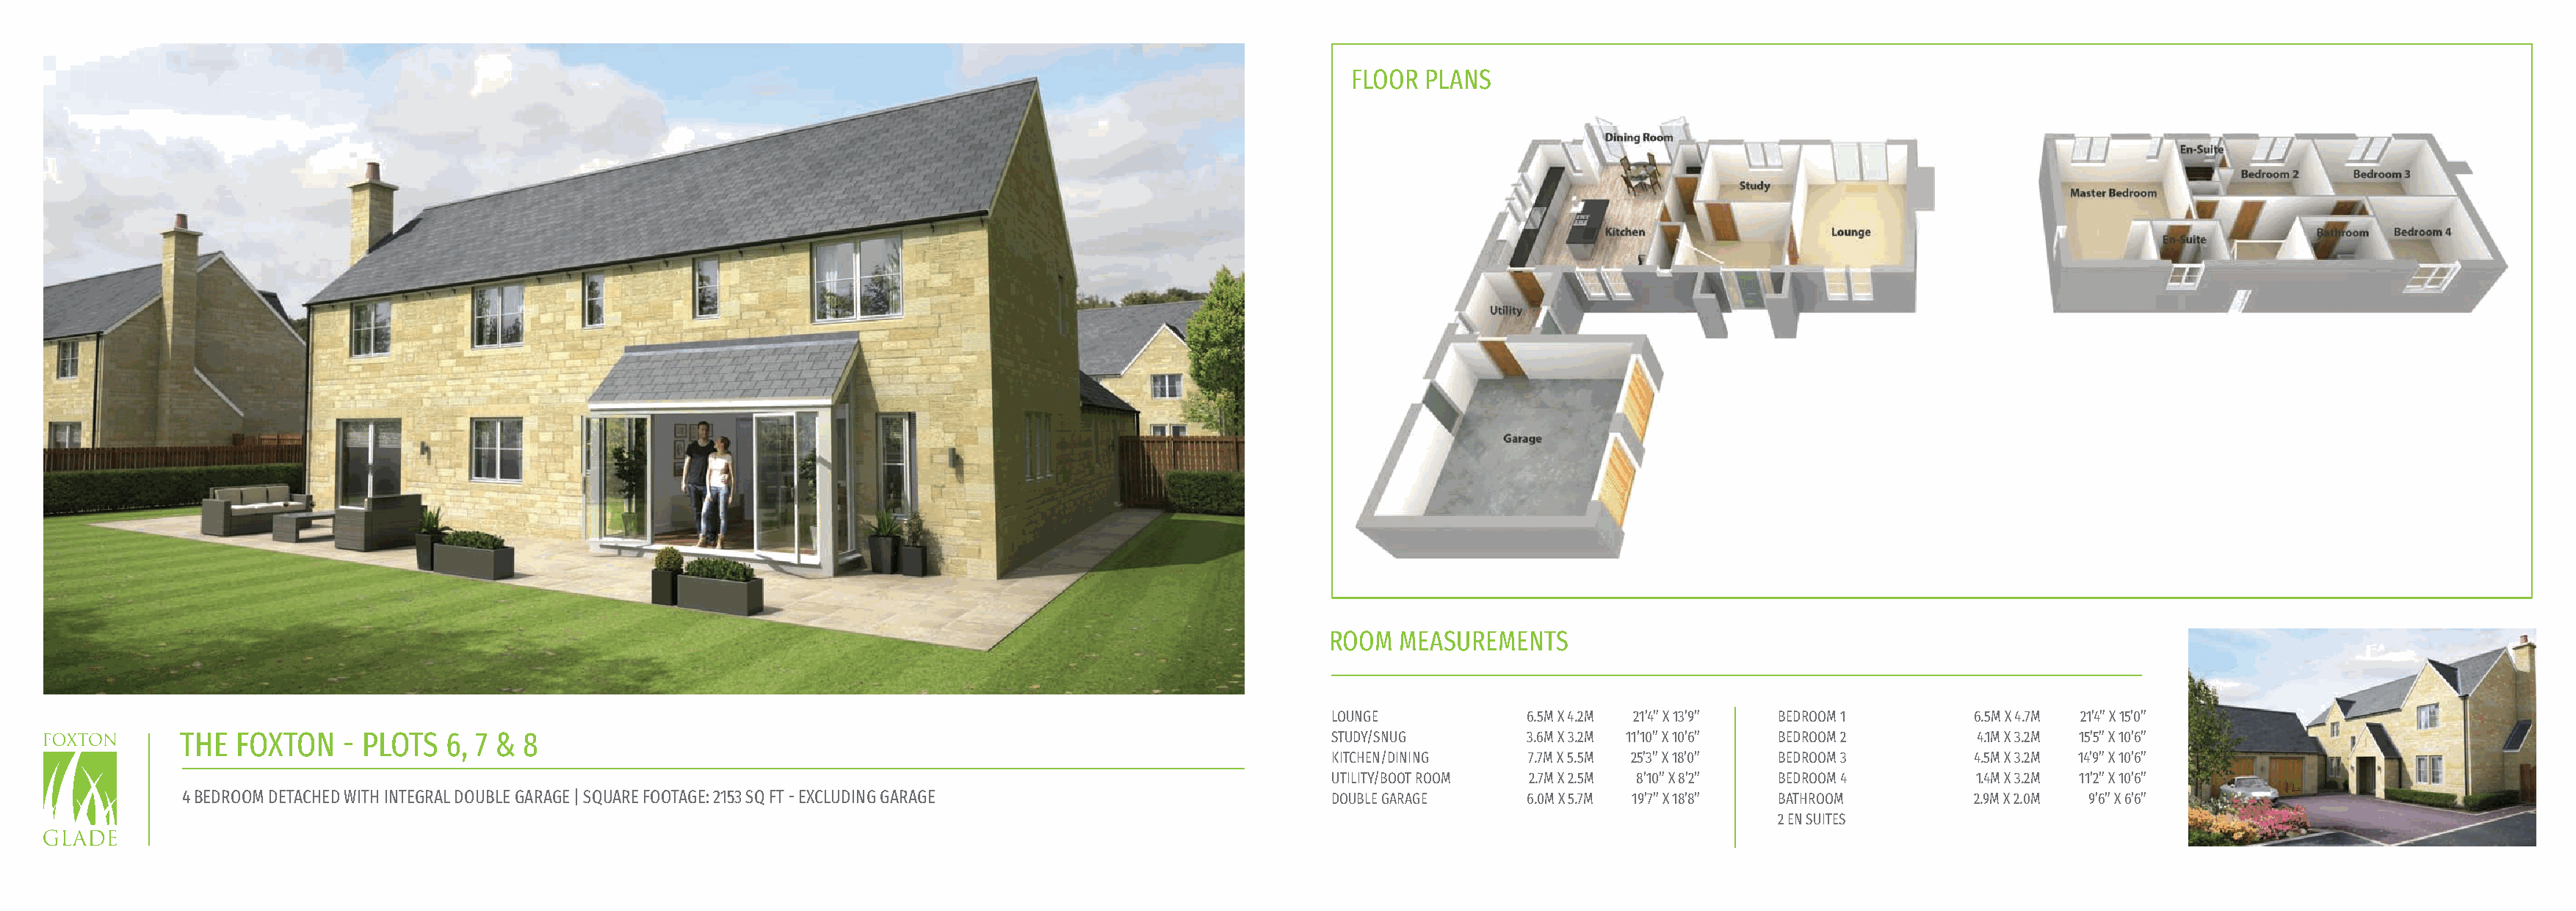
FLOOR PLANS
 ROOM  MEASUREMENTS
 LOUNGE            6.5M X 4.2M 21’4” X 13’9” BEDROOM 1     6.5M X 4.7M 21’4” X 15’0”
 THE  FOXTON    - PLOTS  6, 7 & 8                                                                        STUDY/SNUG        3.6M X 3.2M 11’10” X 10’6” BEDROOM 2    4.1M X 3.2M 15’5” X 10’6”
 KITCHEN/DINING    7.7M X 5.5M 25’3” X 18’0” BEDROOM 3     4.5M X 3.2M 14’9” X 10’6”
 UTILITY/BOOT ROOM 2.7M X 2.5M 8’10” X 8’2” BEDROOM 4      1.4M X 3.2M 11’2” X 10’6”
 4 BEDROOM DETACHED WITH INTEGRAL DOUBLE GARAGE | SQUARE FOOTAGE: 2153 SQ FT - EXCLUDING GARAGE          DOUBLE GARAGE     6.0M X 5.7M 19’7” X 18’8” BATHROOM      2.9M X 2.0M 9’6” X 6’6”
 2 EN SUITES